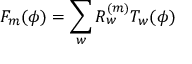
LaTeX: F _ { m } ( \phi ) = \sum _ { w } R _ { w } ^ { ( m ) } T _ { w } ( \phi )